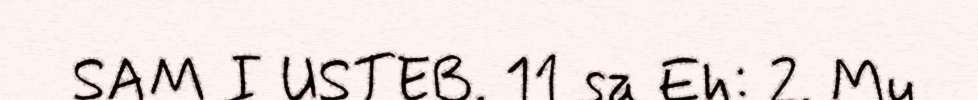
SAM I USTEB. 11 sa Eh: 2. Mu